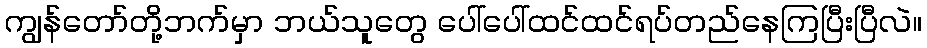
ကျွန်တော်တို့ဘက်မှာ ဘယ်သူတွေ ပေါ်ပေါ်ထင်ထင်ရပ်တည်နေကြပြီးပြီလဲ။